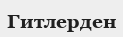
Гитлерден